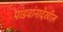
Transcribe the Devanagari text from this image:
पांडवांनादेखील